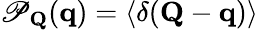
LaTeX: \mathscr{P}_{\mathbf{{Q}}}(\mathbf{{q}})=\langle\delta(\mathbf{{Q}}-\mathbf{{q}})\rangle